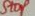
Text: Stop